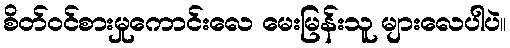
စိတ်ဝင်စားမှုကောင်းလေ မေးမြန်းသူ များလေပါပဲ။